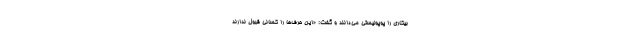
بیکاری را پوپولیستی می‌دانند و گفت: «این حرف‌ها را کسانی قبول ندارند